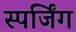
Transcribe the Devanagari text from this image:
स्पर्जिंग